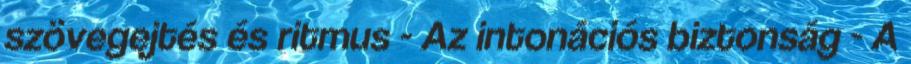
szövegejtés és ritmus - Az intonációs biztonság - A